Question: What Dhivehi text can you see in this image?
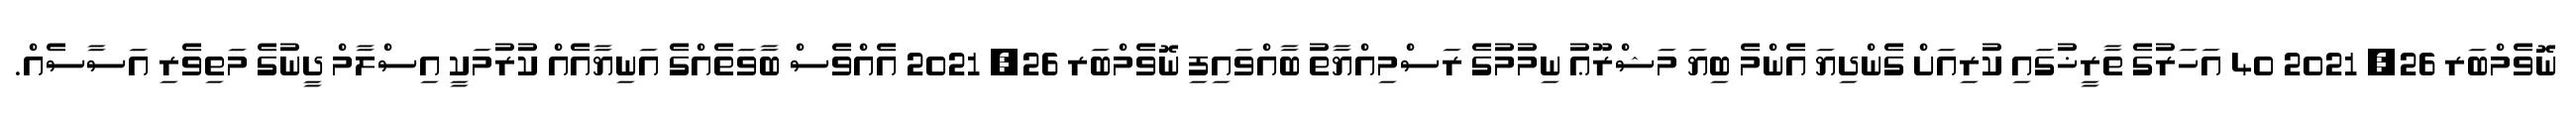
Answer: ނޮވެމްބަރ 26, 2021 40 އަހަރުގެ ތާރީޚުގައި ކުރިއަށް ގެންދިޔަ އެންމެ ބިޔަ މަޝްރޫޢު ނިމުމުގެ ރަސްމިއްޔާތު ބާއްވައިފި ނޮވެމްބަރ 26, 2021 އެއްވެސް ބާވަތެއްގެ އަނިޔާއެއް ކުރުމަކީ އިސްލާމް ދީނުގެ މަތިވެރި އަސާސެއް.